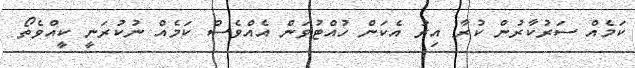
ކަމެއް ސަރުކާރުން ކުރާ އިރު އެކަން ހުއްޓުވަން އެއްވެސް ކަމެއް ނުކުރަނީ ކީއްވެތޯ